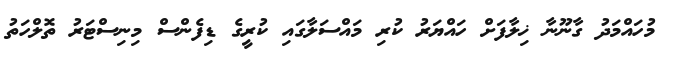
މުހައްމަދު ގާނޫނާ ޚިލާފަށް ހައްޔަރު ކުރި މައްސަލާގައި ކުރީގެ ޑިފެންސް މިނިސްޓަރު ތޮލްހަތު